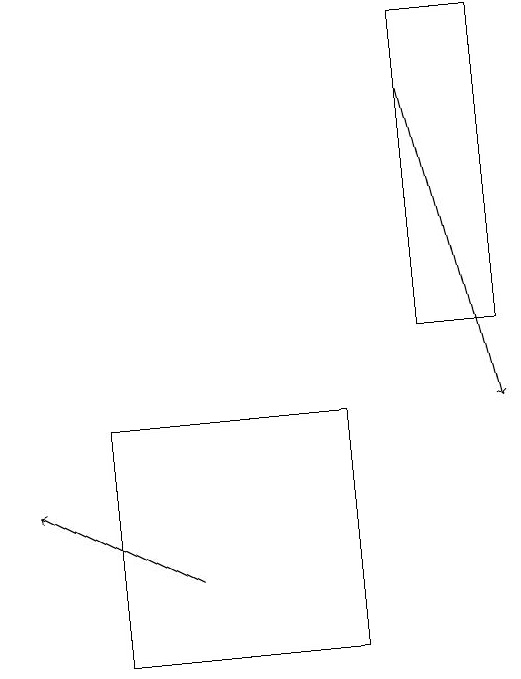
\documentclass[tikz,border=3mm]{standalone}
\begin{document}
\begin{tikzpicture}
\draw[->] (4,11) -- (2,12);
\draw (6,10) rectangle (3,13);
\draw (7,14) rectangle (8,18);
\draw[->] (7,17) -- (8,13);
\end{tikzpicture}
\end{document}